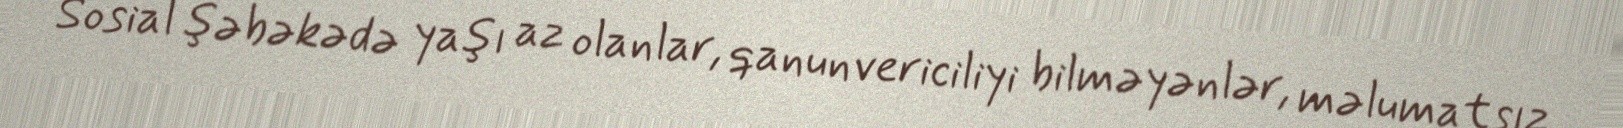
Sosial şəbəkədə yaşı az olanlar, qanunvericiliyi bilməyənlər, məlumatsız